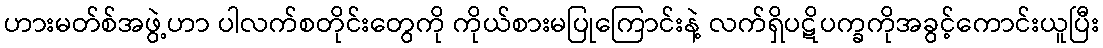
ဟားမတ်စ်အဖွဲ့ဟာ ပါလက်စတိုင်းတွေကို ကိုယ်စားမပြုကြောင်းနဲ့ လက်ရှိပဋိပက္ခကိုအခွင့်ကောင်းယူပြီး